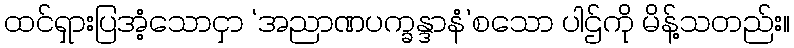
ထင်ရှားပြအံ့သောငှာ ‘အညာဏပက္ခန္ဒာနံ’စသော ပါဌ်ကို မိန့်သတည်း။